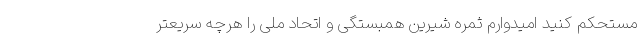
مستحکم کنید‌ امیدوارم ثمره شیرین همبستگی و اتحاد ملی را هرچه سریعتر